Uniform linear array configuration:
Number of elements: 48
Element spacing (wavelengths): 0.75
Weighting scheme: kaiser
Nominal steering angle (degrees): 30
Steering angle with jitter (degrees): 30.802
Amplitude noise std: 0.05
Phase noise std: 0.05

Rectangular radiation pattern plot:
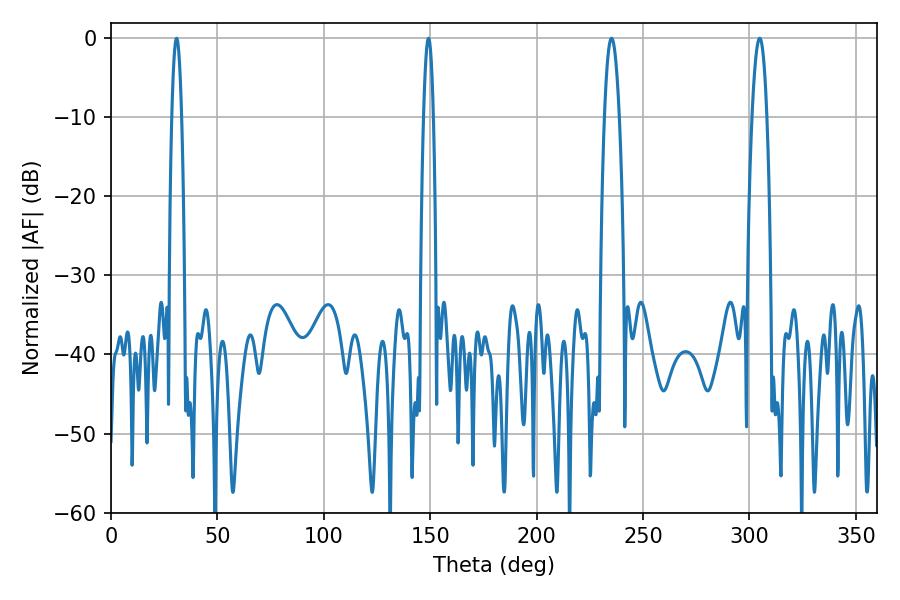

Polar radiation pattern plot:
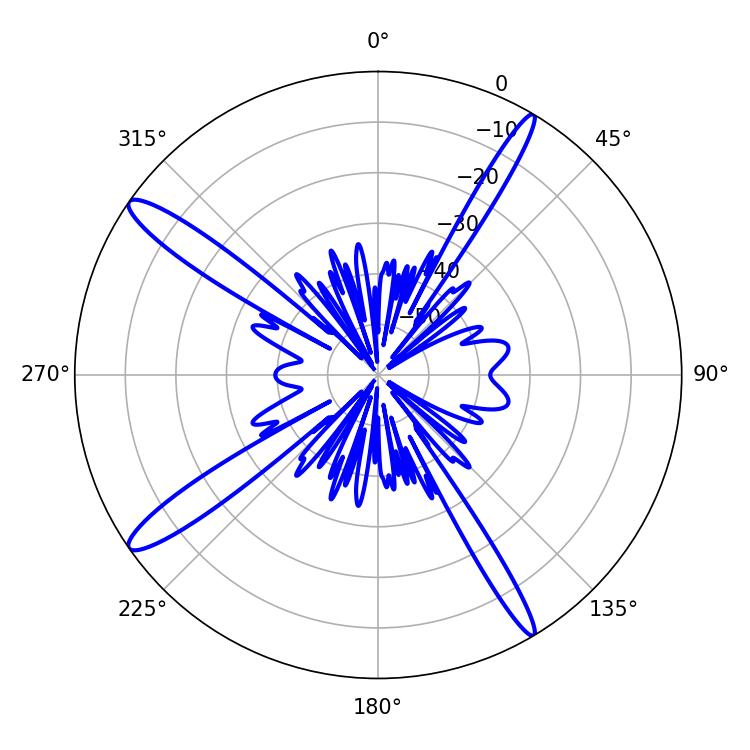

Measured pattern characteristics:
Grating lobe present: TRUE
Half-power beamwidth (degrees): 2.52
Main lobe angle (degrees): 30.78